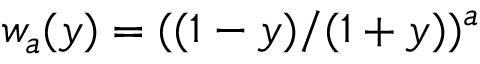
w _ { a } ( y ) = ( ( 1 - y ) / ( 1 + y ) ) ^ { a }